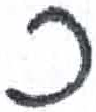
אות: כ